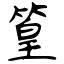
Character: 篁